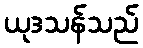
ယုဒသန်သည်